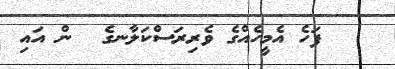
ފަހެ އެމީހެއްގެ ވެރިރަސްކަލާނގެ  ން އައި